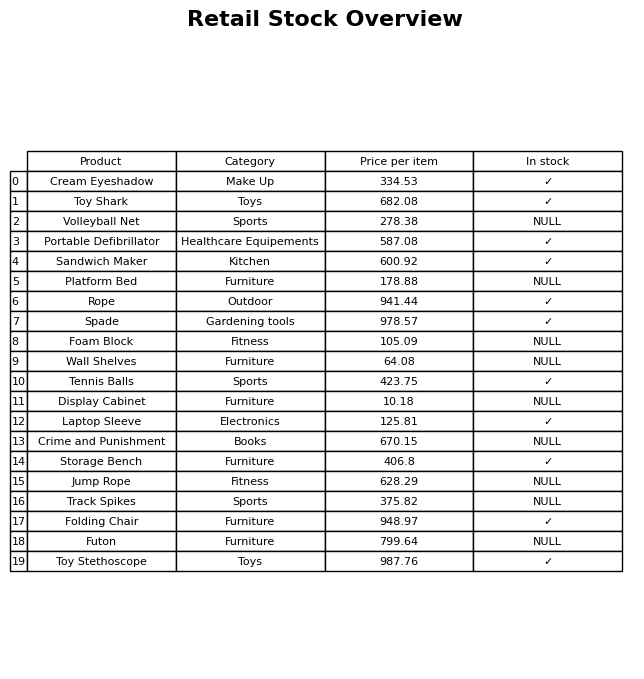
question: What is the price of the Laptop Sleeve?
answer: The price of Laptop Sleeve is 125.81.